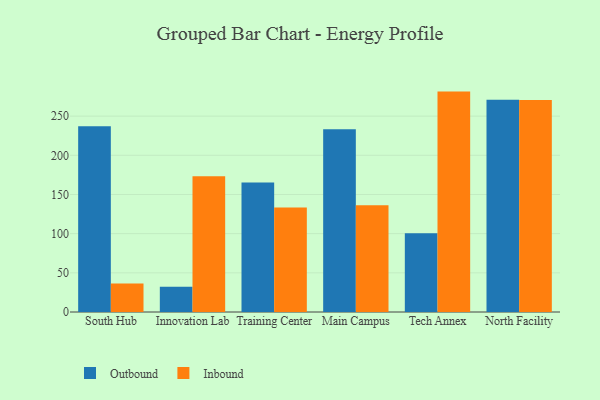
{"axis": {"x": "Campus", "y": "Website Visitors"}, "legend": ["Inbound", "Outbound"], "data": [{"x": "South Hub", "y": 237.2, "type": "Outbound"}, {"x": "South Hub", "y": 36.5, "type": "Inbound"}, {"x": "Innovation Lab", "y": 32.3, "type": "Outbound"}, {"x": "Innovation Lab", "y": 173.3, "type": "Inbound"}, {"x": "Training Center", "y": 165.4, "type": "Outbound"}, {"x": "Training Center", "y": 133.3, "type": "Inbound"}, {"x": "Main Campus", "y": 233.4, "type": "Outbound"}, {"x": "Main Campus", "y": 136.3, "type": "Inbound"}, {"x": "Tech Annex", "y": 100.4, "type": "Outbound"}, {"x": "Tech Annex", "y": 281.3, "type": "Inbound"}, {"x": "North Facility", "y": 270.8, "type": "Outbound"}, {"x": "North Facility", "y": 270.7, "type": "Inbound"}]}